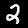
Label: 2